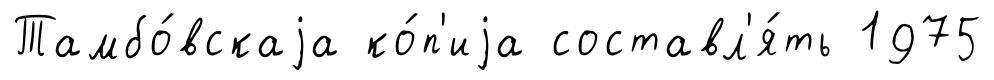
Тамбо́вскаjа ко́п'иjа составл'я́ть 1975